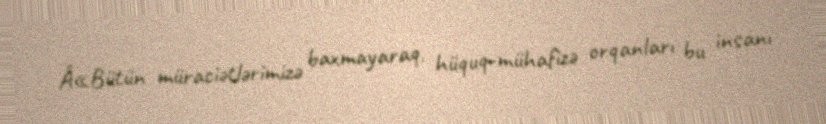
Â«Bütün müraciətlərimizə baxmayaraq, hüquq-mühafizə orqanları bu insanı